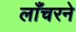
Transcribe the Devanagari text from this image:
लाँचरने